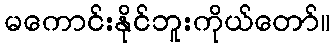
မကောင်းနိုင်ဘူးကိုယ်တော်။